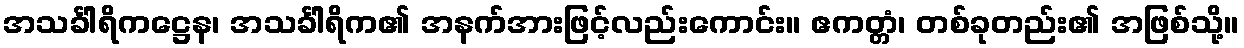
အသင်္ခါရိကဋ္ဌေန၊ အသင်္ခါရိက၏ အနက်အားဖြင့်လည်းကောင်း။ ဧကတ္တံ၊ တစ်ခုတည်း၏ အဖြစ်သို့။